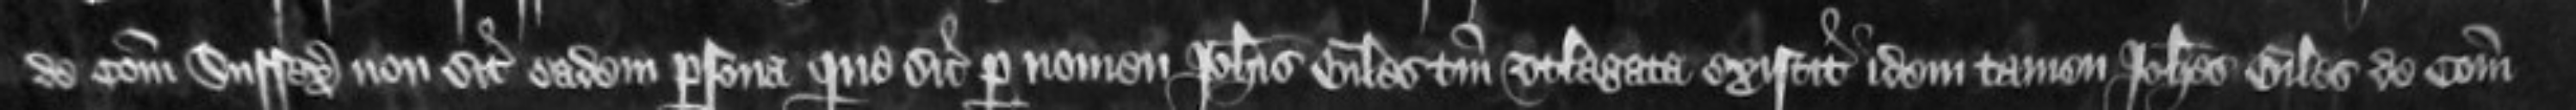
Comitatu Sussex non sit eadem persona que sic per nomen Johannis Giles tantum utlagata existit idem tamen Johannes Giles de Comitatu